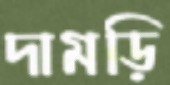
দামড়ি